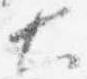
大